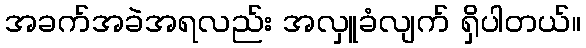
အခက်အခဲအရလည်း အလှူခံလျက် ရှိပါတယ်။